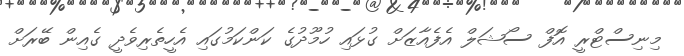
މިނިސްޓްރީ އޮފް ސޯޝަލް އެފެއާޒަށް ގުޅައި ހުމޫދުގެ ކަންކަމުގައި އެހީތެރިވެދީ ގެއިން ބޭރަށް